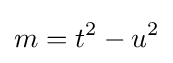
m=t^{2}-u^{2}